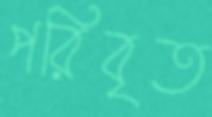
পরিবৃত